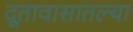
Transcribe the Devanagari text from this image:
दूतावासातल्या